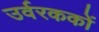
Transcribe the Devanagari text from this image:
उर्वरककों